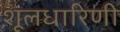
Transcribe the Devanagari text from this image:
शूलधारिणी